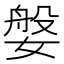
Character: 媻